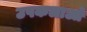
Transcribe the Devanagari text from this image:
उपकलाओं